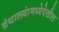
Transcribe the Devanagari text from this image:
ग्रंथालयांमध्येदेखील